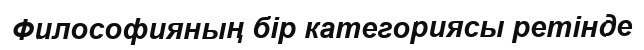
Философияның бір категориясы ретінде